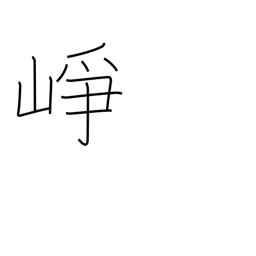
Meaning: high